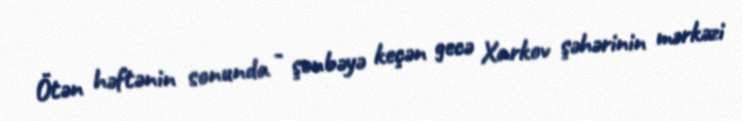
Ötən həftənin sonunda - şənbəyə keçən gecə Xarkov şəhərinin mərkəzi